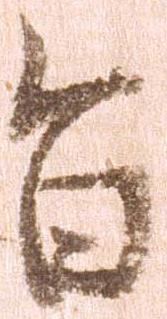
旨